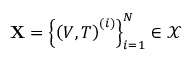
\mathbf { X } = \left\{ \left( V , T \right) ^ { ( i ) } \right\} _ { i = 1 } ^ { N } \in \mathcal { X }